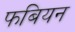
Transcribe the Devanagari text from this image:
फबियन